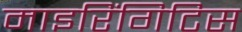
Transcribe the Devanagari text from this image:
माइरिंगिटिस